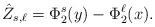
LaTeX: \begin{align*} \hat Z_{s,\ell} = \Phi^{s}_{2}(y) - \Phi^{\ell}_{2}(x).\end{align*}